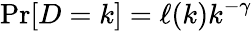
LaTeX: \operatorname*{Pr}[D=k]=\ell(k)k^{-\gamma}